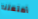
أمتعتنا